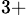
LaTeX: ^{3+}